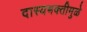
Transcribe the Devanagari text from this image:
दास्यभक्तीमुळे